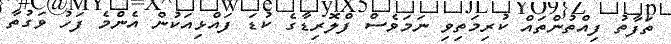
ތަފާތު ފިއްތުންތައް ކުރިމަތިވި ނަމަވެސް ފްލޮރިޑާގެ ކުޑަ ފައްޅިއަކުން އެންމެ ފަހު ވަގުތާ